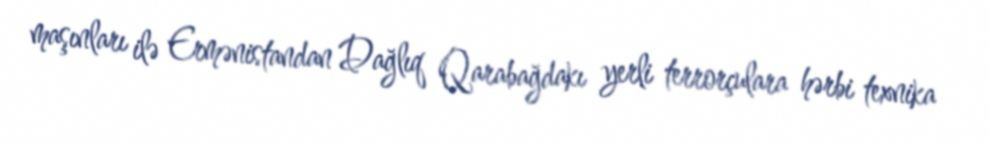
maşınları ilə Ermənistandan Dağlıq Qarabağdakı yerli terrorçulara hərbi texnika